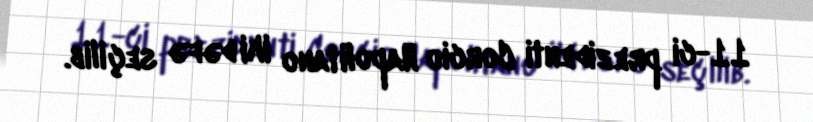
11-ci prezidenti Corcio Napolitano iki dəfə seçilib.